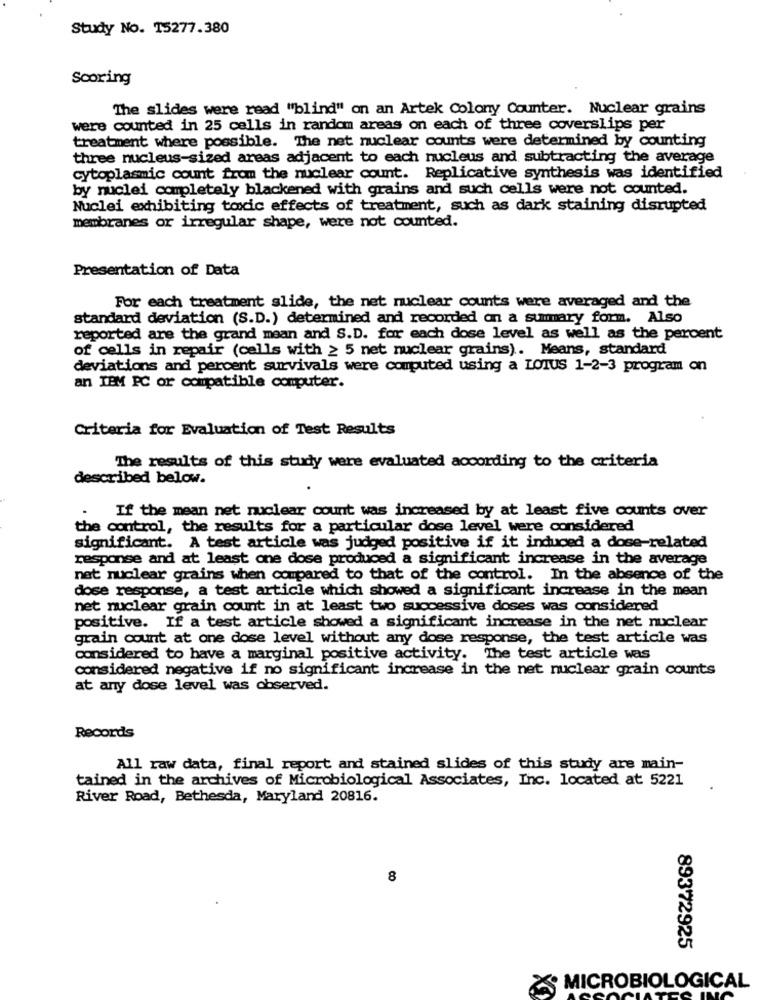
Study No. 15277.380
Scoring
The slides were read "blind" on an Artek Colony Counter. Nuclear grains
were counted in 25 cells in random areas on each of three coverslips per
treatment where possible. The net nuclear counts were determined by counting
three nucleus-sized areas adjacent to each nucleus and subtracting the average
cytoplasmic count from the nuclear count. Replicative synthesis was identified
by nuclei completely blackened with grains and such cells were not counted.
Nuclei exhibiting toxic effects of treatment, such as dark staining disrupted
membranes or irregular shape, were not counted.
Presentation of Data
For each treatment slide, the net nuclear counts were averaged and the
standard deviation (S.D.) determined and recorded on a summary form. Also
reported are the grand mean and S.D. for each dose level as well as the percent
of cells in repair (cells with ≥ 5 net nuclear grains). Means, standard
deviations and percent survivals were computed using a LOTUS 1-2-3 program on
an IBM PC or compatible computer.
Criteria for Evaluation of Test Results
The results of this study were evaluated according to the criteria
described below.
If the mean net nuclear count was increased by at least five counts over
the control, the results for a particular dose level were considered
significant. A test article was judged positive if it induced a dose-related
response and at least one dose produced a significant increase in the average
nat nuclear grains when compared to that of the control. In the absence of the
dose response, a test article which showed a significant increase in the mean
net nuclear grain count in at least two successive doses was considered
positive. If a test article showed a significant increase in the net nuclear
grain count at one dose level without any dose response, the test article was
considered to have a marginal positive activity. The test article was
considered negative if no significant increase in the net nuclear grain counts
at any dose level was observed.
Records
All raw data, final report and stained slides of this study are main-
tained in the archives of Microbiological Associates, Inc. located at 5221
River Road, Bethesda, Maryland 20816.
8
89372925
MICROBIOLOGICAL